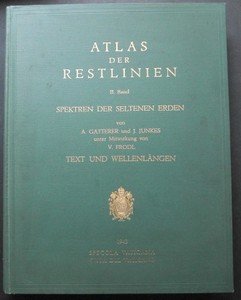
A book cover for Atlas der Restlinien. II. Band. Spektren der seltenen Erden von A. Gatterer und J. Junkes unter Mitwirkung von V. Frodl. (at head of title: Laboratorio astrofisico della Specola Vaticana); A., et al. Gatterer; Travel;